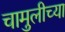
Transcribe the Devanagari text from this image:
चामुलीच्या